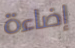
إضاءة